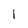
Character: 1